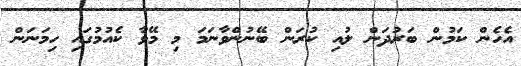
އެހެން ކަމުން ބަރުދަން ލުއި ކުރަން ބޭނުންވާނަމަ މި މޭވާ ކެއުމުގައި ހިމަނަން